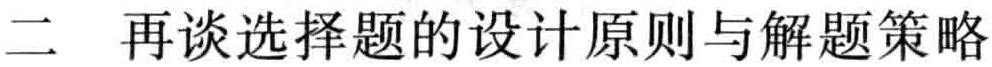
二 再谈选择题的设计原则与解题策略